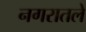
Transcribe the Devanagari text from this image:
नगरातले